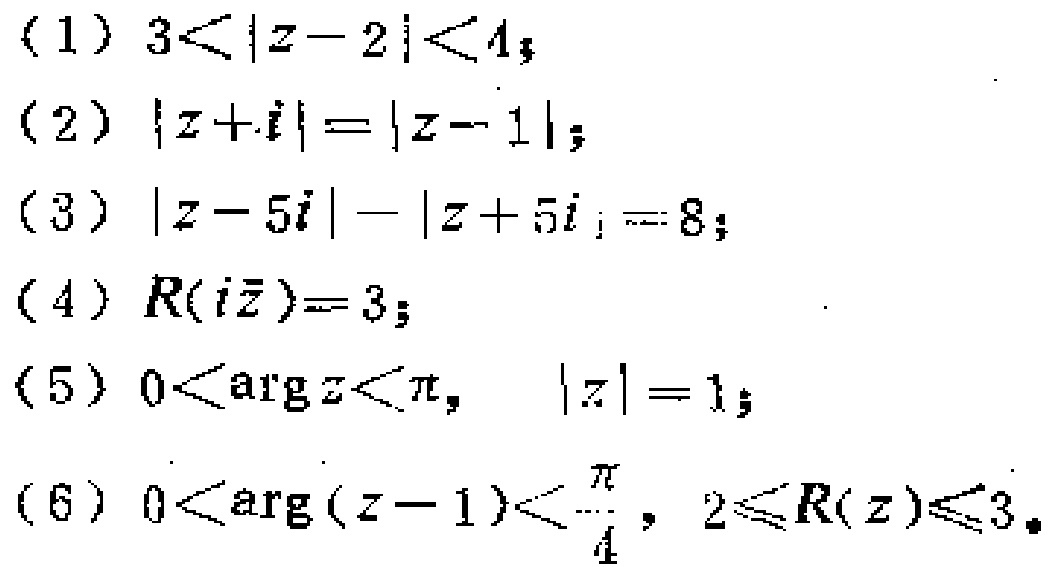
（1）\(3<|z - 2|<4\)；
（2）\(|z + i|=|z - 1|\)；
（3）\(|z - 5i|-|z + 5i| = 8\)；
（4）\(R(i\overline{z}) = 3\)；
（5）\(0<\arg z<\pi\)，\(|z| = 1\)；
（6）\(0<\arg(z - 1)<\frac{\pi}{4}\)，\(2\leq R(z)\leq3\)。